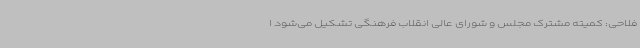
فلاحی: کمیته مشترک مجلس و شورای عالی انقلاب فرهنگی تشکیل می‌شود ا